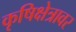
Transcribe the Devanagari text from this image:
कृषिक्षेत्रावर